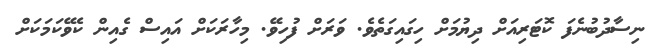
ނިސާދުބުނެފަ ކޮޓަރިއަށް ދިޔުމަށް ހިގައިގަތެވެ. ވަރަށް ފުހިވޭ. މިހާރަކަށް އައިސް ގެއިން ކެވޭކަމަކަށް